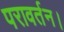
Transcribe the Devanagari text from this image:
परावर्तन।